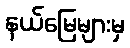
နယ်မြေများမှ